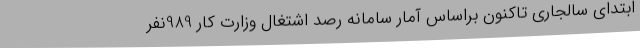
ابتدای سالجاری تاکنون براساس آمار سامانه رصد اشتغال وزارت کار 989نفر